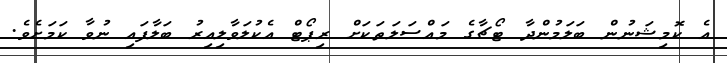
އެ ކޮމިޝަނުން ބަލަމުންދާ ޓޯޗާގެ މައްސަލަތަކަށް ރިޕޯޓް އެކުލަވާލިއިރު ބަލާފައި ނުވާ ކަމަށެވެ.